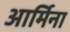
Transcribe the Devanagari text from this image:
आर्मिना